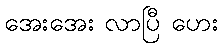
အေးအေး လာပြီ ဟေး